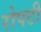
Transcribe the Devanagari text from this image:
रोपटी